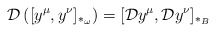
\begin{align*}{\cal D} \left( [y^{\mu}, y^{\nu}]_{\ast_{\omega}} \right)= [{\cal D} y^{\mu} , {\cal D} y^{\nu}]_{\ast_B }\end{align*}